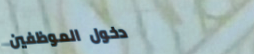
دخول الموظفين